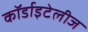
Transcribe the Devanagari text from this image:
कॉर्डाइटेलीज